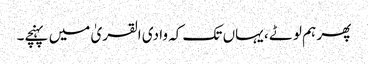
پھر ہم لوٹے ، یہاں تک کہ وادی القریٰ میں پہنچے۔